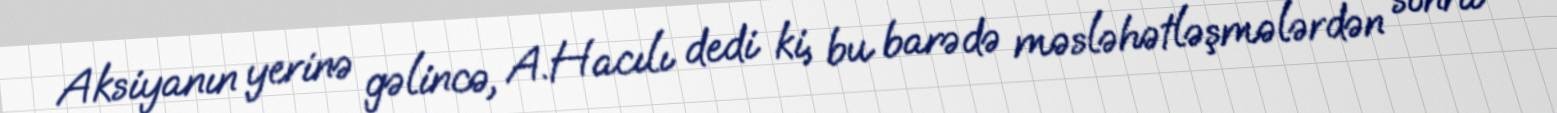
Aksiyanın yerinə gəlincə, A.Hacılı dedi ki, bu barədə məsləhətləşmələrdən sonra